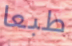
طبعا